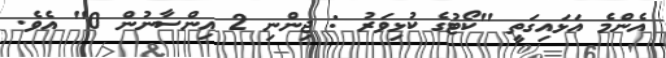
އެންމެ އަޅައިގަތީ "ކޯޓުގެ ކުޅިވަރު : ޖިންނި 2 އިންސާނުން 0" އެވެ.